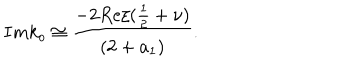
I m k _ { o } \cong \frac { - 2 R e \xi ( \frac { 1 } { 2 } + \nu ) } { ( 2 + a _ { 1 } ) } .